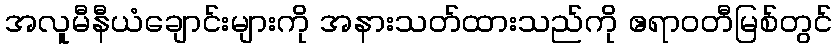
အလူမီနီယံချောင်းများကို အနားသတ်ထားသည်ကို ဧရာဝတီမြစ်တွင်